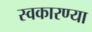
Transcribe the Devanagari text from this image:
स्वकारण्या